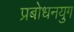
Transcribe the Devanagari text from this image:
प्रबोधनयुग